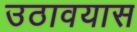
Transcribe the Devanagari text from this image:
उठावयास